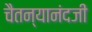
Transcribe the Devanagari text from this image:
चैतन्यानंदजी